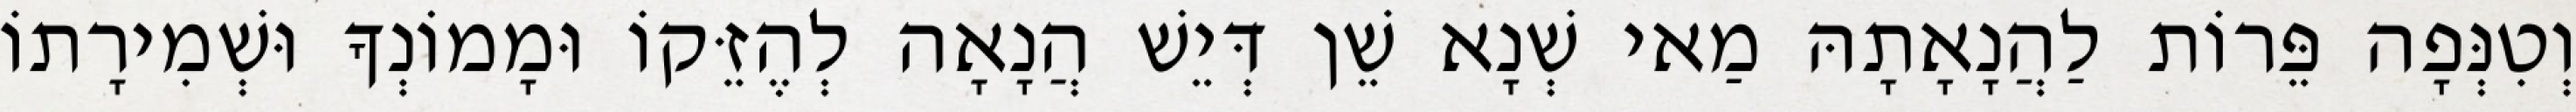
וְטִנְּפָה פֵּרוֹת לַהֲנָאָתָהּ מַאי שְׁנָא שֵׁן דְּיֵשׁ הֲנָאָה לְהֶזֵּקוֹ וּמָמוֹנְךָ וּשְׁמִירָתוֹ